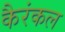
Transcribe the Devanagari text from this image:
कैरंकल